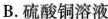
B.硫酸铜溶液